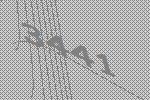
3441